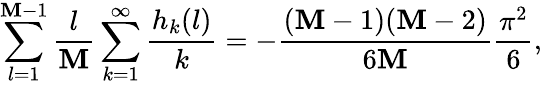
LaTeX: \sum_{l=1}^{\mathbf{M}-1}{\frac{{l}}{{\mathbf{M}}}}\sum_{k=1}^{\infty}{\frac{{h_{k}(l)}}{{k}}}=-{\frac{{(\mathbf{M}-1)(\mathbf{M}-2)}}{{6\mathbf{M}}}}{\frac{{\pi^{2}}}{{6}}},